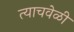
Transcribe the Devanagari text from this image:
त्‍याचवेळी